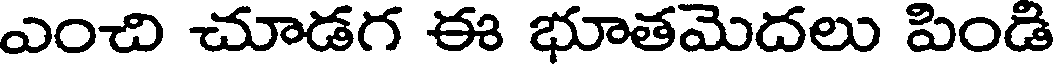
ఎంచి చూడగ ఈ భూతమెదలు పిండి